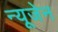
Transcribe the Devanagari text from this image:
न्यूजेन